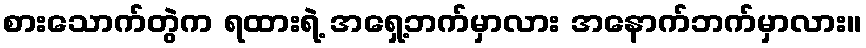
စားသောက်တွဲက ရထားရဲ့ အရှေ့ဘက်မှာလား အနောက်ဘက်မှာလား။